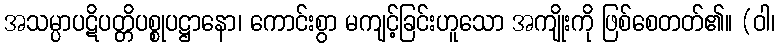
အသမ္ပာပဋိပတ္တိပစ္စုပဋ္ဌာနော၊ ကောင်းစွာ မကျင့်ခြင်းဟူသော အကျိုးကို ဖြစ်စေတတ်၏။ (ဝါ၊